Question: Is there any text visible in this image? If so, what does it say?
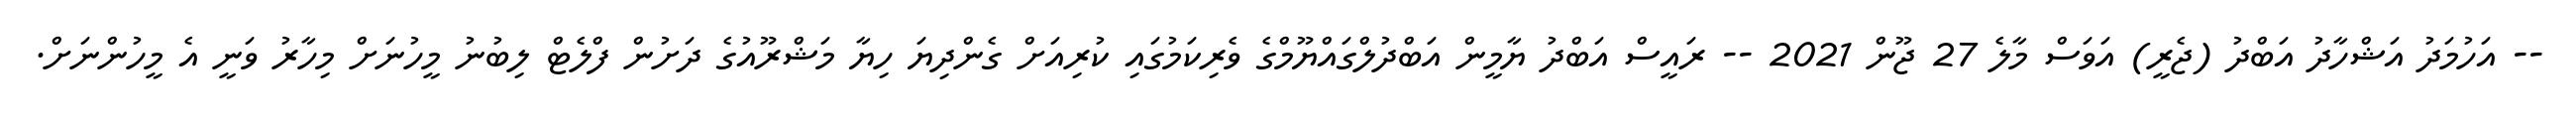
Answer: -- އަހުމަދު އަޝްހާދު އަބްދު (ޖެރީ) އަވަސް މާލެ 27 ޖޫން 2021 -- ރައީސް އަބްދު ޔާމީން އަބްދުލްގައްޔޫމްގެ ވެރިކަމުގައި ކުރިއަށް ގެންދިޔަ ހިޔާ މަޝްރޫއުގެ ދަށުން ފްލެޓް ލިބުނު މީހުނަށް މިހާރު ވަނީ އެ މީހުންނަށް.